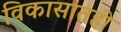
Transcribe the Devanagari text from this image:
विकासातही